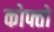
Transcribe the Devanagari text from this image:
कोफ्तों